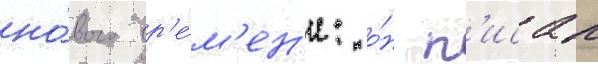
но́вого вр'е́м'ен'и: о́н п'исал